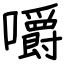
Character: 嚼